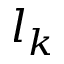
l _ { k }